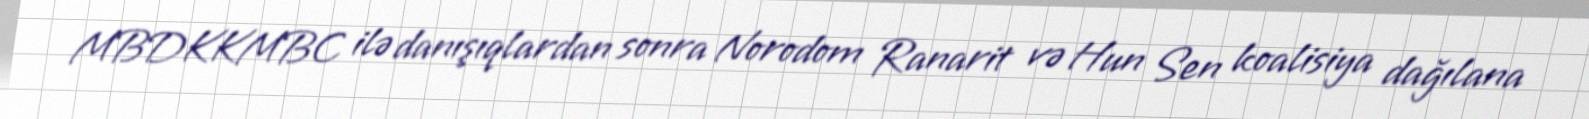
MBDKKMBC ilə danışıqlardan sonra Norodom Ranarit və Hun Sen koalisiya dağılana